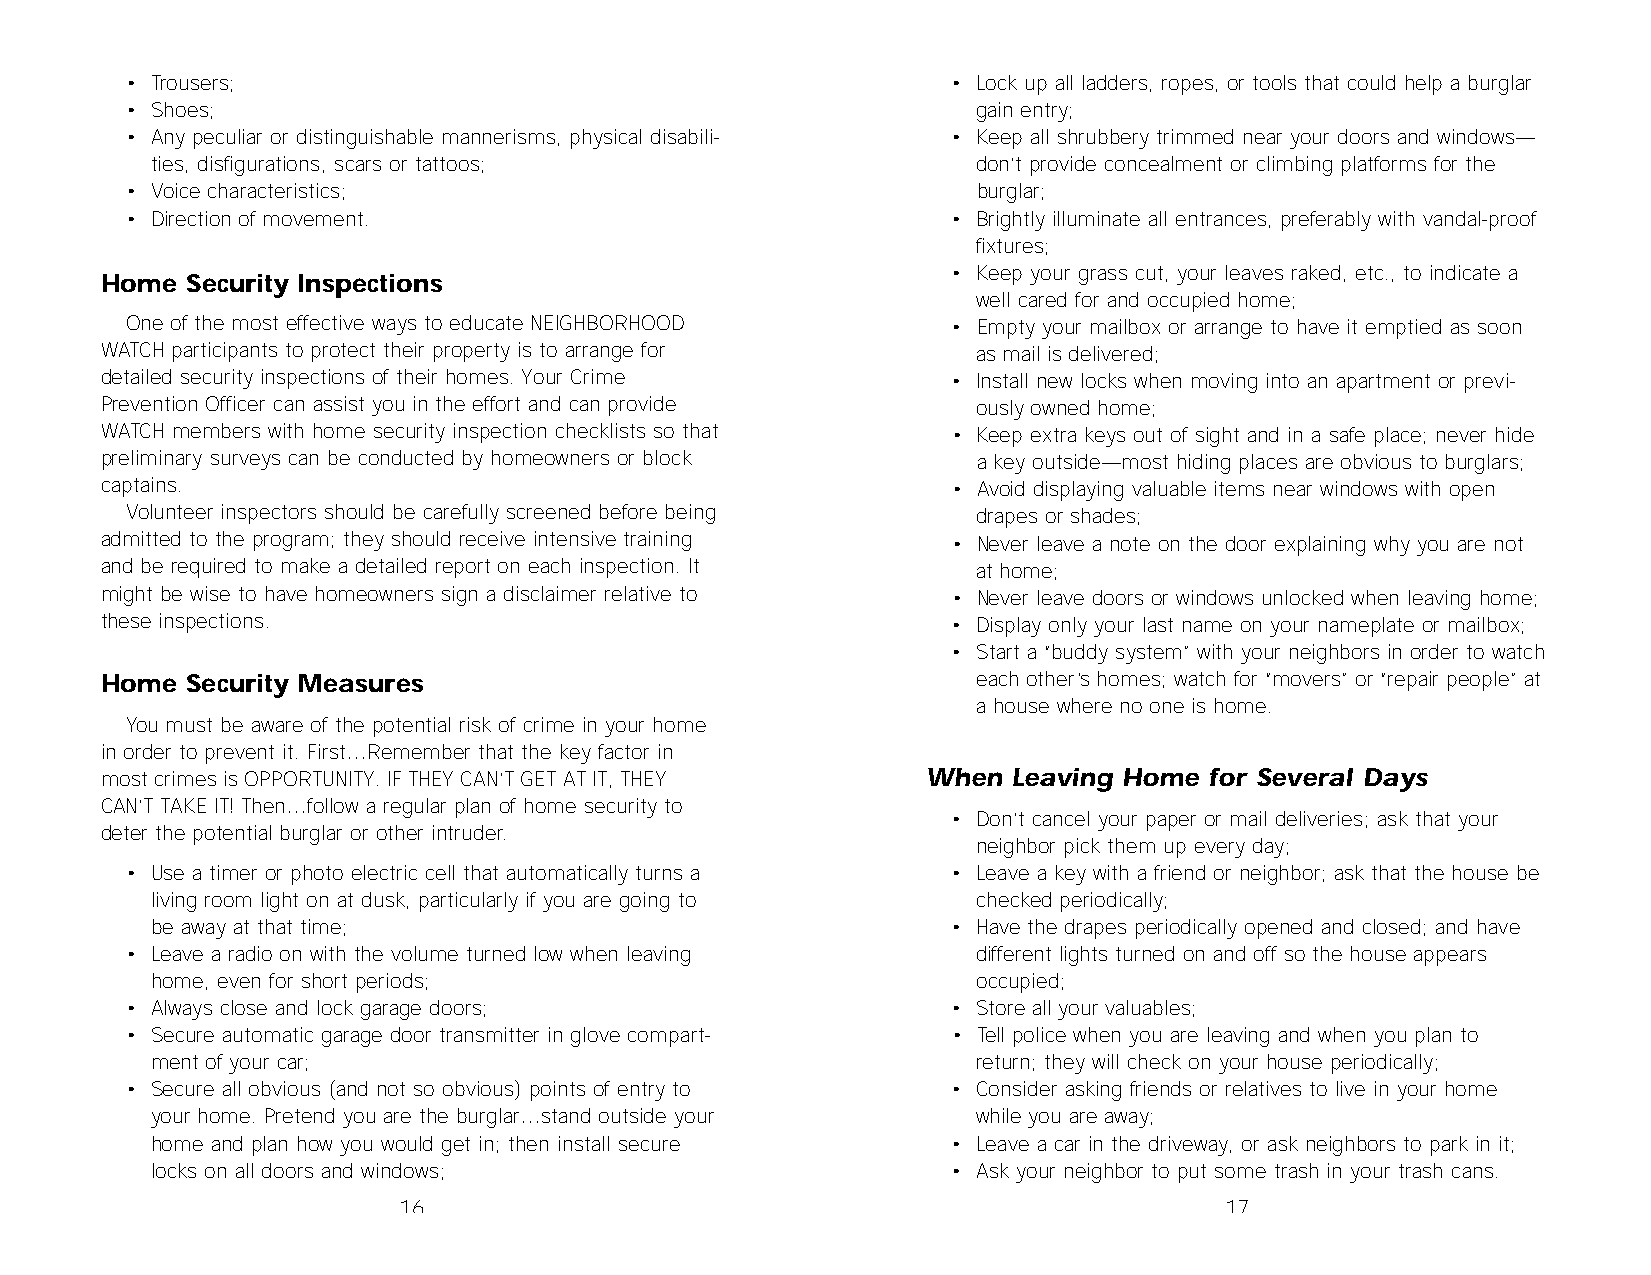
• Trousers;                                            • Lock up all ladders, ropes, or tools that could help a burglar
 • Shoes;                                                 gain entry;
 • Any peculiar or distinguishable mannerisms, physical disabili- • Keep all shrubbery trimmed near your doors and windows—
 ties, disfigurations, scars or tattoos;                don’t provide concealment or climbing platforms for the
 • Voice characteristics;                                 burglar;
 • Direction of movement.                               • Brightly illuminate all entrances, preferably with vandal-proof
 fixtures;
 • Keep your grass cut, your leaves raked, etc., to indicate a
 Home Security Inspections
 well cared for and occupied home;
 One of the most effective ways to educate NEIGHBORHOOD • Empty your mailbox or arrange to have it emptied as soon
 WATCH participants to protect their property is to arrange for as mail is delivered;
 detailed security inspections of their homes. Your Crime • Install new locks when moving into an apartment or previ-
 Prevention Officer can assist you in the effort and can provide ously owned home;
 WATCH members with home security inspection checklists so that • Keep extra keys out of sight and in a safe place; never hide
 preliminary surveys can be conducted by homeowners or block a key outside—most hiding places are obvious to burglars;
 captains.                                               • Avoid displaying valuable items near windows with open
 Volunteer inspectors should be carefully screened before being drapes or shades;
 admitted to the program; they should receive intensive training • Never leave a note on the door explaining why you are not
 and be required to make a detailed report on each inspection. It at home;
 might be wise to have homeowners sign a disclaimer relative to • Never leave doors or windows unlocked when leaving home;
 these inspections.                                      • Display only your last name on your nameplate or mailbox;
 • Start a “buddy system” with your neighbors in order to watch
 Home Security Measures                                    each other’s homes; watch for “movers” or “repair people” at
 a house where no one is home.
 You must be aware of the potential risk of crime in your home
 in order to prevent it. First…Remember that the key factor in
 most crimes is OPPORTUNITY. IF THEY CAN’T GET AT IT, THEY When Leaving Home for Several Days
 CAN’T TAKE IT! Then…follow a regular plan of home security to
 • Don’t cancel your paper or mail deliveries; ask that your
 deter the potential burglar or other intruder.
 neighbor pick them up every day;
 • Use a timer or photo electric cell that automatically turns a • Leave a key with a friend or neighbor; ask that the house be
 living room light on at dusk, particularly if you are going to checked periodically;
 be away at that time;                                • Have the drapes periodically opened and closed; and have
 • Leave a radio on with the volume turned low when leaving different lights turned on and off so the house appears
 home, even for short periods;                          occupied;
 • Always close and lock garage doors;                  • Store all your valuables;
 • Secure automatic garage door transmitter in glove compart- • Tell police when you are leaving and when you plan to
 ment of your car;                                      return; they will check on your house periodically;
 • Secure all obvious (and not so obvious) points of entry to • Consider asking friends or relatives to live in your home
 your home. Pretend you are the burglar…stand outside your while you are away;
 home and plan how you would get in; then install secure • Leave a car in the driveway, or ask neighbors to park in it;
 locks on all doors and windows;                      • Ask your neighbor to put some trash in your trash cans.
 16                                                     17